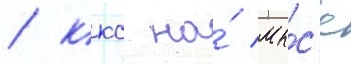
/ ккс на́ мы́с'е